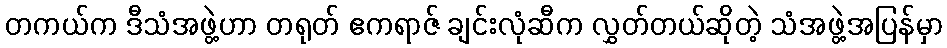
တကယ်က ဒီသံအဖွဲ့ဟာ တရုတ် ဧကရာဇ် ချင်းလုံဆီက လွှတ်တယ်ဆိုတဲ့ သံအဖွဲ့အပြန်မှာ